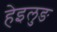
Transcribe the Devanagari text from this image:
हेइलुङ